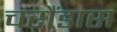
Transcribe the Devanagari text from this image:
चरौंडास